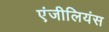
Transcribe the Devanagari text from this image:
एंजीलियंस